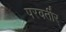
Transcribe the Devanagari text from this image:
परवर्तीर्